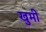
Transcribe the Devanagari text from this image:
खुमी